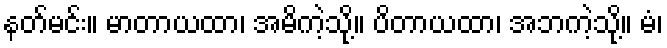
နတ်မင်း။ မာတာယထာ၊ အမိကဲ့သို့။ ပိတာယထာ၊ အဘကဲ့သို့။ မံ၊